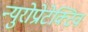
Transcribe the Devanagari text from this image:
न्युरोप्रोटेक्टिव